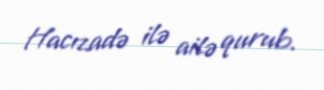
Hacızadə ilə ailə qurub.